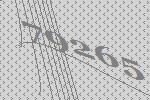
79265